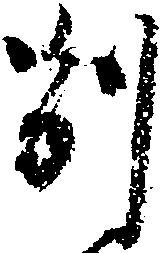
別